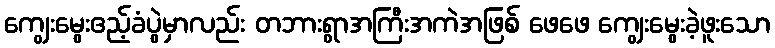
ကျွေးမွေးဧည့်ခံပွဲမှာလည်း တဘားရွာအကြီးအကဲအဖြစ် ဖေဖေ ကျွေးမွေးခဲ့ဖူးသော